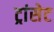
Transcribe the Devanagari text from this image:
ट्रांसेट